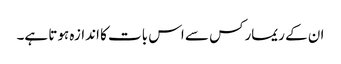
ان کے ریمارکس سے اس بات کا اندازہ ہوتا ہے۔